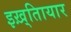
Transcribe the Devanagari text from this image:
इख़्तिायार